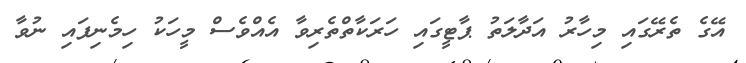
އޭގެ ތެރޭގައި މިހާރު އަދާލަތު ޕާޓީގައި ހަރަކާތްތެރިވާ އެއްވެސް މީހަކު ހިމެނިފައި ނުވާ